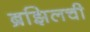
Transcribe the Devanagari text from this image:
ब्रझिलची